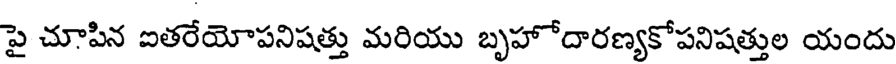
పై చూపిన ఐతరేయోపనిషత్తు మరియు బృహోదారణ్యకోపనిషత్తుల యందు